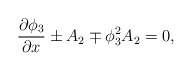
\begin{align*}\frac{\partial \phi_3}{\partial x}\pm A_2\mp\phi_3^2A_2=0,\end{align*}